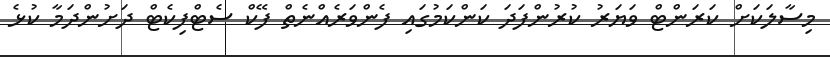
މިސާލަކަށް ކަރަންޓް ވަޔަރު ކުރުންފަދަ ކަންކަމުގައި ފެންވަރެއްނެތް ފޭކް ސެޓްފިކެޓް ދަށުންދަމާ ކުޅެ